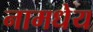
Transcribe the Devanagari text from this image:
नामधेय